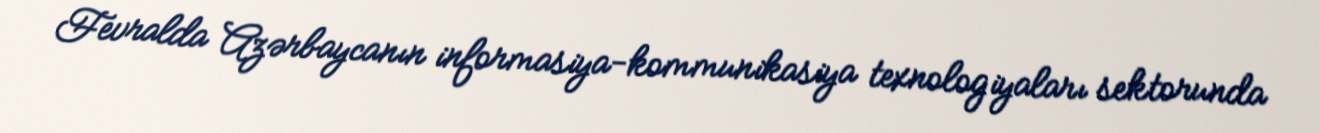
Fevralda Azərbaycanın informasiya-kommunikasiya texnologiyaları sektorunda